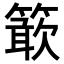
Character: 𥴋